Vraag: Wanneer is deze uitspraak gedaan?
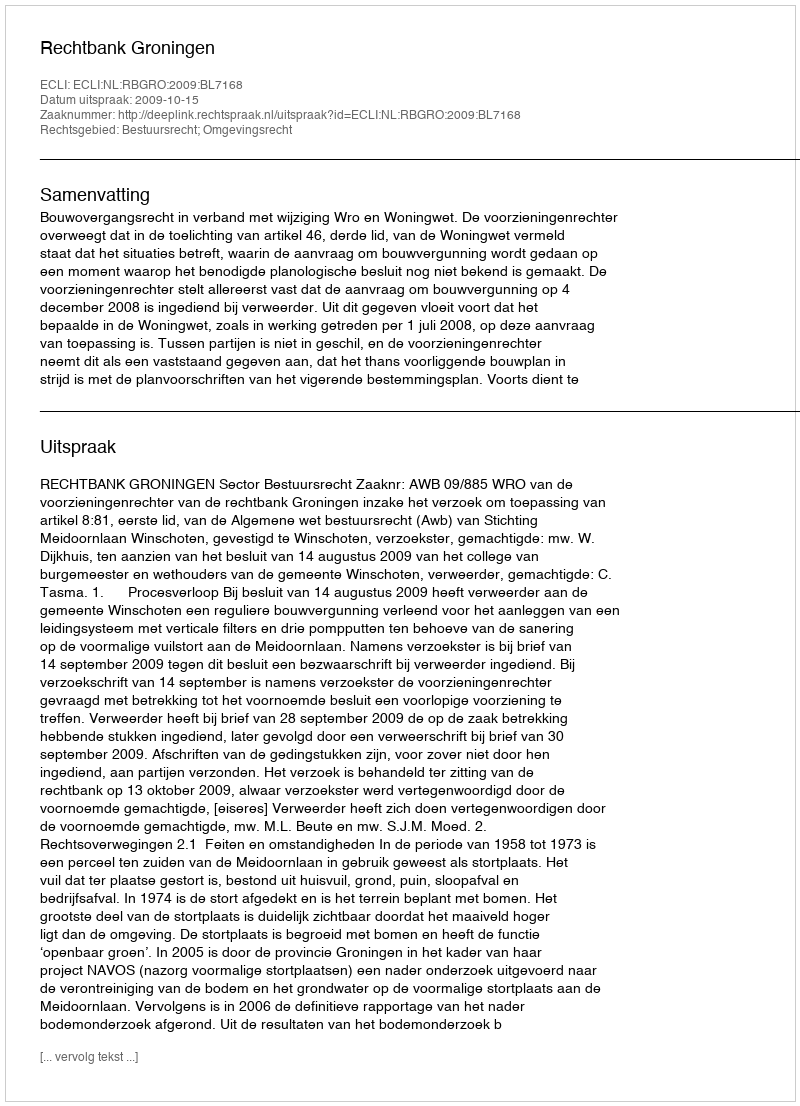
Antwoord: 2009-10-15